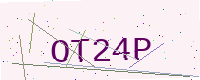
Text: OT24P